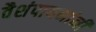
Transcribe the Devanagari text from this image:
वैशंपायनांनी